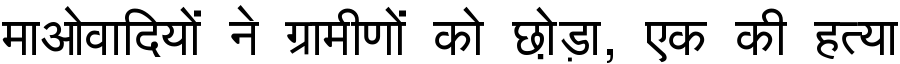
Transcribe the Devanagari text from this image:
माओवादियों ने ग्रामीणों को छो़ड़ा, एक की हत्या